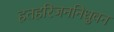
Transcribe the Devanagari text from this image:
हतहरिजननिधुवन